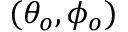
( \theta _ { o } , \phi _ { o } )